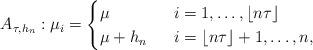
LaTeX: \begin{align*}A_{\tau, h_n}:\mu_i=\begin{cases}\mu \ & \ i=1, \ldots, \lfloor n\tau\rfloor\\\mu+h_n \ & \ i=\lfloor n\tau \rfloor +1, \ldots, n,\end{cases}\end{align*}